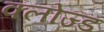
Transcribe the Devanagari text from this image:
क्‍लोज्‍ड